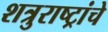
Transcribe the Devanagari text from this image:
शत्रुराष्ट्रांचे